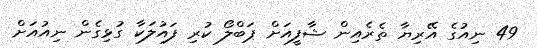
49 ނިއުގެ އޭރިޔާ ތެރެއިން ޝާފީއަށް ޕަބްލޯ ކުރި ފައުލަކާ ގުޅިގެން ނިއުއަށް